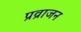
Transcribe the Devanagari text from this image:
प्रव्राजन